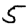
Digit: 5